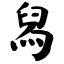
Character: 舄